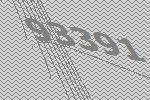
93391